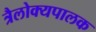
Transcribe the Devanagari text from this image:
त्रैलोक्यपालक